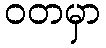
ဝတမှာ